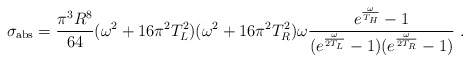
\begin{align*}\sigma_{\rm abs} = {\pi^3R^8\over 64}(\omega^2+16\pi^2T_L^2)(\omega^2+16\pi^2T_R^2)\omega{e^{\omega\over T_H}-1 \over (e^{\omega\over 2T_L}-1)(e^{\omega\over 2T_R}-1)} \ .\end{align*}